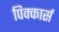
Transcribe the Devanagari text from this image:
पिक्कार्स